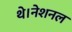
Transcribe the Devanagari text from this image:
थे।नेशनल